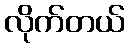
လိုက်တယ်